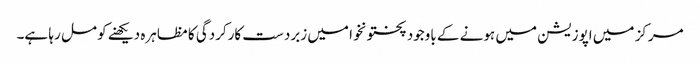
مرکز میں اپوزیشن میں ہونے کے باوجود پختونخوا میں زبردست کارکردگی کا مظاہرہ دیکھنے کو مل رہا ہے۔